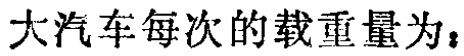
大汽车每次的载重量为：